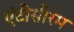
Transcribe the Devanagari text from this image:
एंटीसीरम